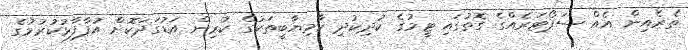
ތެރެއިން އެއް ސަޕޯޓަރެއްގެ ގޮތުގައި ޓީމުގެ ކުދިކުދި ކާމިޔާބީތަކުގެ ކުރިން އަޑުގަދަކޮށް އުފާފާޅުކުރުމުގެ